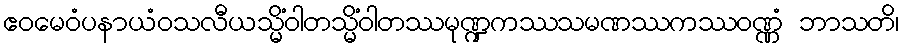
ဧဝမေဝံပနာယံဝသလီယသ္မိံဝါတသ္မိံဝါတဿမုဏ္ဍကဿသမဏဿကဿဝဏ္ဏံ ဘာသတိ၊